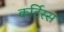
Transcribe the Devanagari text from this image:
कर्टिस्स